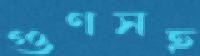
গুণসহ